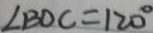
\angle B D C = 1 2 0 ^ { \circ }